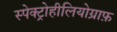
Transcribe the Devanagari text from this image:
स्पेक्ट्रोहीलियोग्राफ़